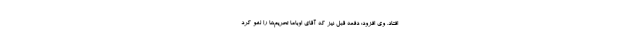
افتاد. وی افزود: دفعه قبل نیز که آقای اوباما تحریم‌ها را لغو کرد